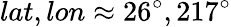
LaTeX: lat,lon\approx 26^{\circ},217^{\circ}